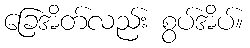
ခြေအိတ်လည်း စွပ်အိပ်။